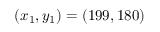
( x _ { 1 } , y _ { 1 } ) = ( 1 9 9 , 1 8 0 )